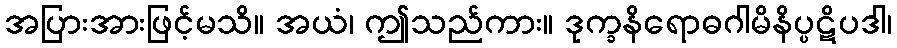
အပြားအားဖြင့်မသိ။ အယံ၊ ဤသည်ကား။ ဒုက္ခနိရောဓဂါမိနိပ္ပဋိပဒါ၊